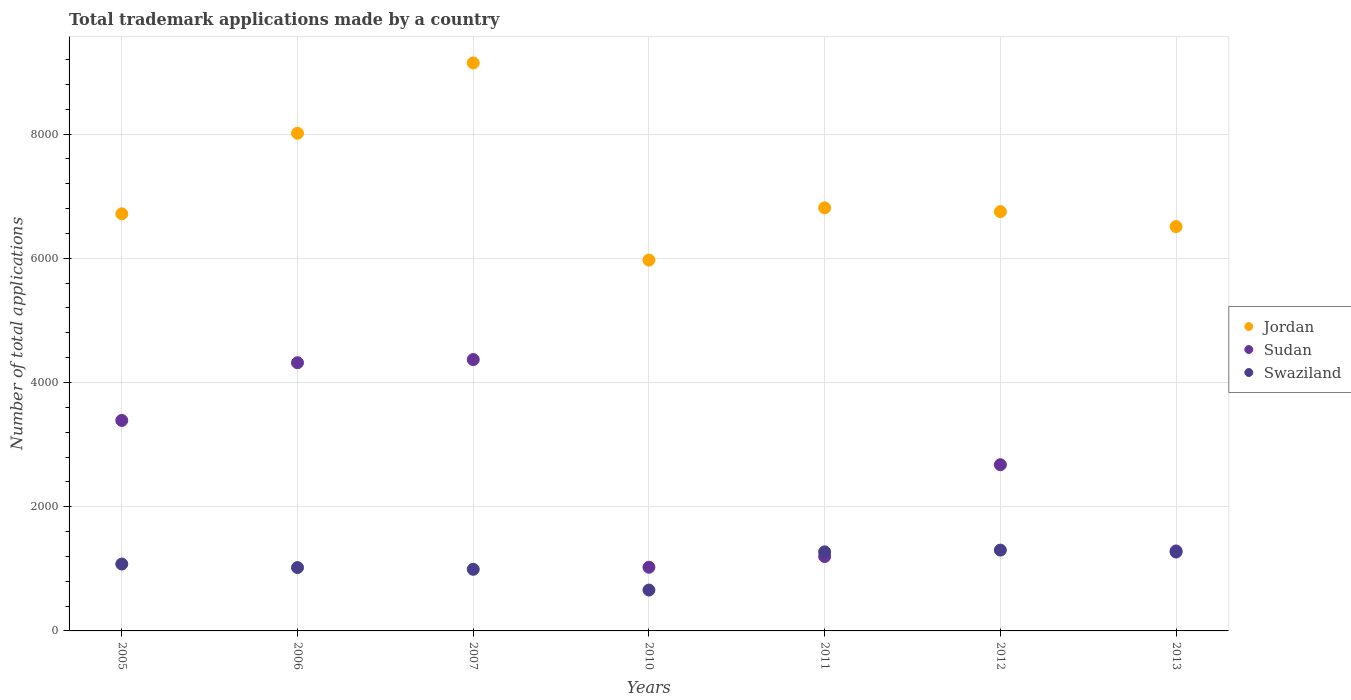
| Years | Jordan | Sudan | Swaziland |
 | --- | --- | --- | --- |
 | 2005 | 6.72e+03 | 3.39e+03 | 1.08e+03 |
 | 2006 | 8.01e+03 | 4.32e+03 | 1.02e+03 |
 | 2007 | 9.14e+03 | 4.37e+03 | 992 |
 | 2010 | 5.97e+03 | 1.02e+03 | 658 |
 | 2011 | 6.81e+03 | 1.2e+03 | 1.27e+03 |
 | 2012 | 6.75e+03 | 2.68e+03 | 1.3e+03 |
 | 2013 | 6.51e+03 | 1.29e+03 | 1.27e+03 |